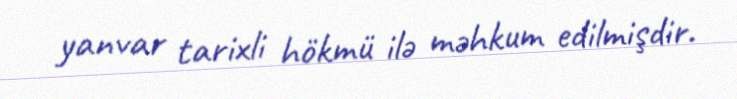
yanvar tarixli hökmü ilə məhkum edilmişdir.